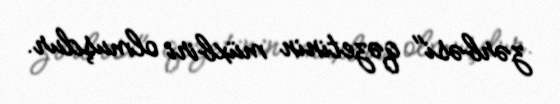
zərbəsi" qəzetinin müxbiri olmuşdur.